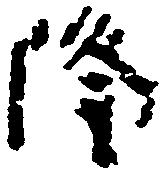
隆